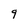
Character: q